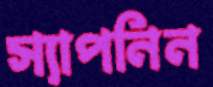
স্যাপনিন